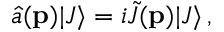
\hat { a } ( { \bf p } ) | J \rangle = i \tilde { J } ( { \bf p } ) | J \rangle \, ,